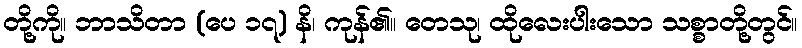
တို့ကို။ ဘာသိတာ (ပေ ၁၇) နိ၊ ကုန်၏။ တေသု၊ ထိုလေးပါးသော သစ္စာတို့တွင်။